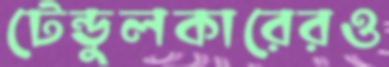
টেন্ডুলকারেরও